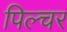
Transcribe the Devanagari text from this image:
पिल्चर